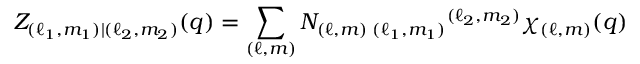
Z _ { ( \ell _ { 1 } , m _ { 1 } ) | ( \ell _ { 2 } , m _ { 2 } ) } ( q ) = \sum _ { ( \ell , m ) } N _ { ( \ell , m ) \; ( \ell _ { 1 } , m _ { 1 } ) } { } ^ { ( \ell _ { 2 } , m _ { 2 } ) } \chi _ { ( \ell , m ) } ( q )